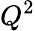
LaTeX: Q^{2}